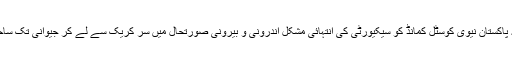
تقریب سے خطاب کرتے ہوئے مہمان خصوصی نے کہا کہ پاکستان نیوی کوسٹل کمانڈ کو سیکیورٹی کی انتہائی مشکل اندرونی و بیرونی صورتحال میں سر کریک سے لے کر جیوانی تک ساحلی علاقوں کے تحفظ کی اہم ترین ذمہ داری سونپی گئی ہے۔